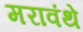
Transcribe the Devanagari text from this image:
मरावंथे